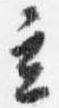
立